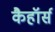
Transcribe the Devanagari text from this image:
कैहॉर्स